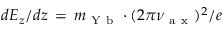
d E _ { z } / d z \, = \, m _ { \mathrm { ~ Y ~ b ~ } } \cdot ( 2 \pi \nu _ { \mathrm { ~ a ~ x ~ } } ) ^ { 2 } / e